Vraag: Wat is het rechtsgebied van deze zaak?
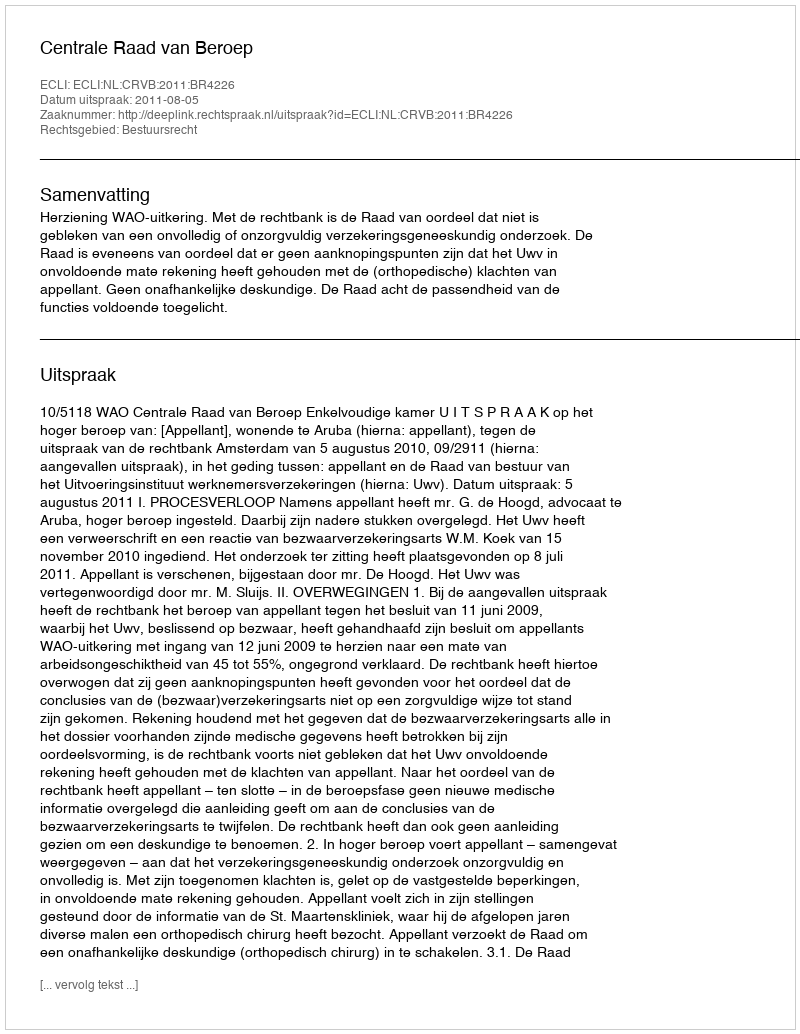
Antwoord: Bestuursrecht